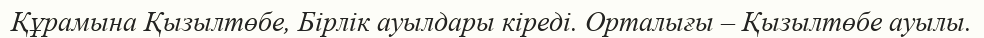
Құрамына Қызылтөбе, Бірлік ауылдары кіреді. Орталығы – Қызылтөбе ауылы.